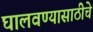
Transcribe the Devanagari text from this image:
घालवण्यासाठीचे